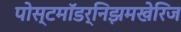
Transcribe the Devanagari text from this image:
पोस्टमॉडर्निझमखेरिज